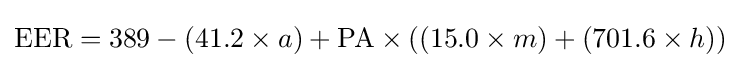
{\text{EER}}=389-(41.2\times a)+{\text{PA}}\times ((15.0\times m)+(701.6\times h))